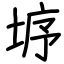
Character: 垿